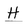
Character: H